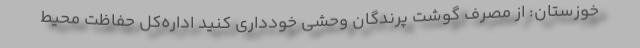
خوزستان: از مصرف گوشت پرندگان وحشی خودداری کنید اداره‌کل حفاظت محیط